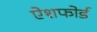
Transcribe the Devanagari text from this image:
ऐशफोर्ड